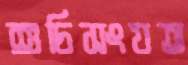
শুচিসংযত